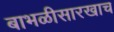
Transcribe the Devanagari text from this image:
बाभळीसारखाच